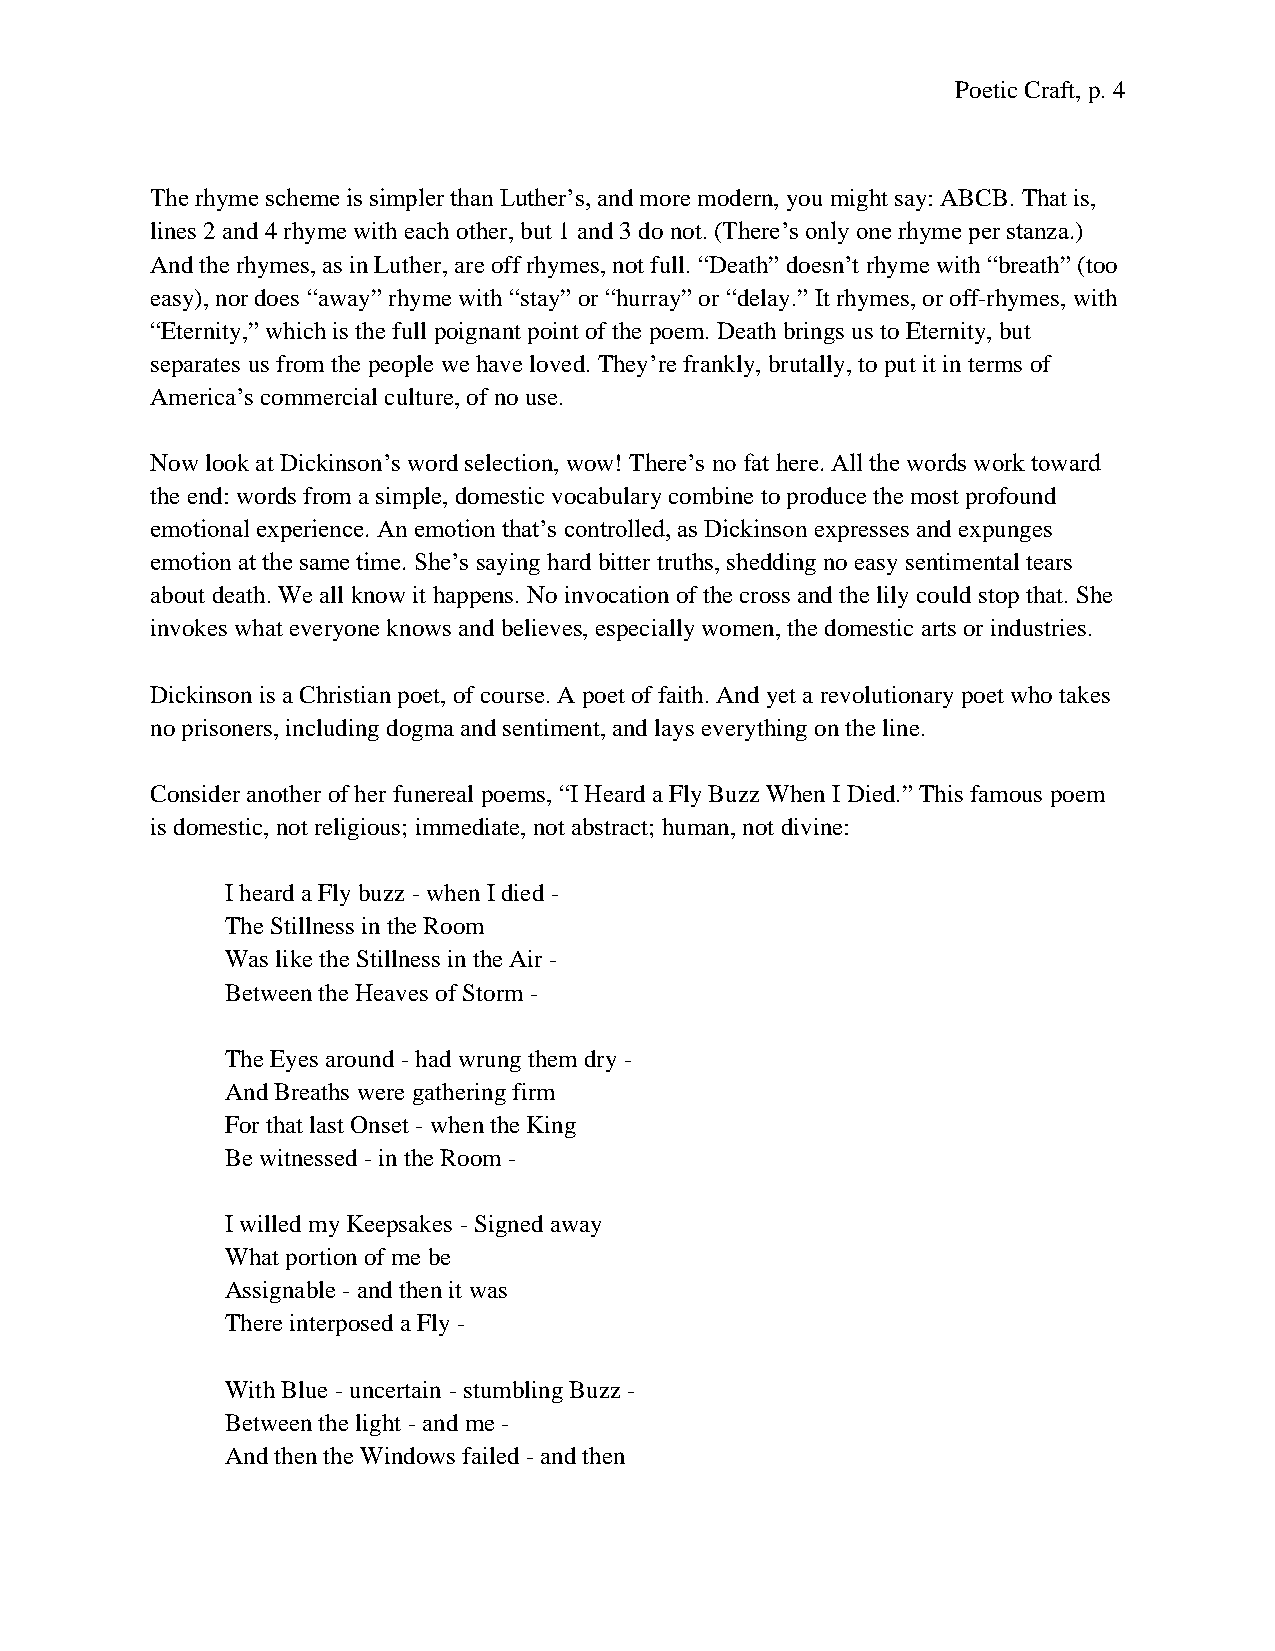
Poetic Craft, p. 4
 The rhyme scheme is simpler than Luther’s, and more modern, you might say: ABCB. That is,
 lines 2 and 4 rhyme with each other, but 1 and 3 do not. (There’s only one rhyme per stanza.)
 And the rhymes, as in Luther, are off rhymes, not full. “Death” doesn’t rhyme with “breath” (too
 easy), nor does “away” rhyme with “stay” or “hurray” or “delay.” It rhymes, or off-rhymes, with
 “Eternity,” which is the full poignant point of the poem. Death brings us to Eternity, but
 separates us from the people we have loved. They’re frankly, brutally, to put it in terms of
 America’s commercial culture, of no use.
 Now look at Dickinson’s word selection, wow! There’s no fat here. All the words work toward
 the end: words from a simple, domestic vocabulary combine to produce the most profound
 emotional experience. An emotion that’s controlled, as Dickinson expresses and expunges
 emotion at the same time. She’s saying hard bitter truths, shedding no easy sentimental tears
 about death. We all know it happens. No invocation of the cross and the lily could stop that. She
 invokes what everyone knows and believes, especially women, the domestic arts or industries.
 Dickinson is a Christian poet, of course. A poet of faith. And yet a revolutionary poet who takes
 no prisoners, including dogma and sentiment, and lays everything on the line.
 Consider another of her funereal poems, “I Heard a Fly Buzz When I Died.” This famous poem
 is domestic, not religious; immediate, not abstract; human, not divine:
 I heard a Fly buzz - when I died -
 The Stillness in the Room
 Was like the Stillness in the Air -
 Between the Heaves of Storm -
 The Eyes around - had wrung them dry -
 And Breaths were gathering firm
 For that last Onset - when the King
 Be witnessed - in the Room -
 I willed my Keepsakes - Signed away
 What portion of me be
 Assignable - and then it was
 There interposed a Fly -
 With Blue - uncertain - stumbling Buzz -
 Between the light - and me -
 And then the Windows failed - and then